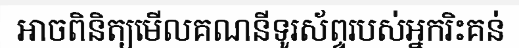
អាចពិនិត្យមើលគណនីទូរស័ព្ទរបស់អ្នករិះគន់